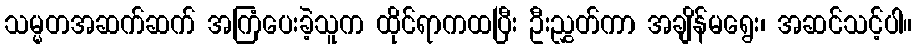
သမ္မတအဆက်ဆက် အကြံပေးခဲ့သူက ထိုင်ရာကထပြီး ဦးညွှတ်ကာ အချိန်မရွေး၊ အဆင်သင့်ပါ။